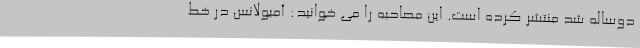
دوساله شد منتشر کرده است. این مصاحبه را می خوانید: آمبولانس در خط